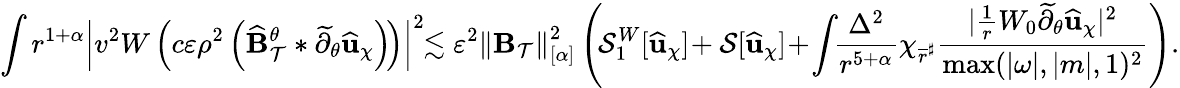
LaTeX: \int r^{1+\alpha}\left|v^{2}W\left(c\varepsilon\rho^{2}\left(\widehat{\mathbf{B}}_{\mathcal{T}}^{\theta}*\widetilde{\partial}_{\theta}\widehat{\mathbf{u}}_{\chi}\right)\! \right)\right|^{2}\! \! \lesssim\varepsilon^{2}\left\lVert\mathbf{B}_{\mathcal{T}}\right\rVert_{[\alpha]}^{2}\left(\! \mathcal{S}_{1}^{W}[\widehat{\mathbf{u}}_{\chi}]\! +\mathcal{S}[\widehat{\mathbf{u}}_{\chi}]\! +\! \int\! \! \frac{\Delta^{2}}{r^{5+\alpha}}\chi_{\overline{{r}}^{\sharp}}\frac{|\frac{1}{r}W_{0}\widetilde{\partial}_{\theta}\widehat{\mathbf{u}}_{\chi}|^{2}}{\operatorname*{max}(|\omega|,|m|,1)^{2}}\right).